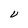
Character: V